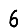
Digit: 6